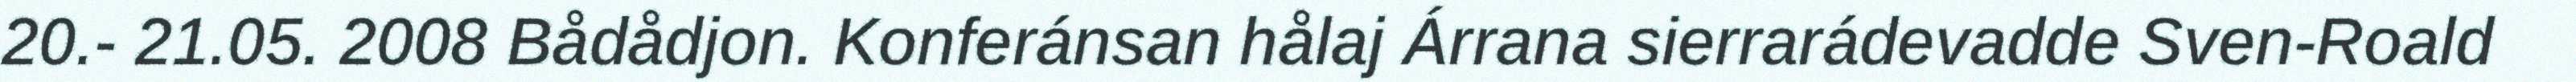
20.- 21.05. 2008 Bådådjon. Konferánsan hålaj Árrana sierrarádevadde Sven-Roald